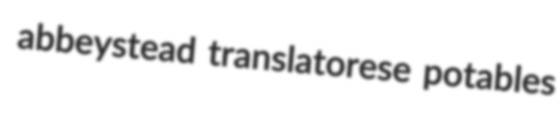
abbeystead translatorese potables